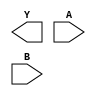
module sky130_fd_sc_hdll__xnor2 (
    Y,
    A,
    B
);

    output Y;
    input  A;
    input  B;

    // Voltage supply signals
    supply1 VPWR;
    supply0 VGND;
    supply1 VPB ;
    supply0 VNB ;

endmodule